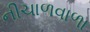
નીચાળવાળા